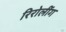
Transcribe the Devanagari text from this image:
रिरोलींग